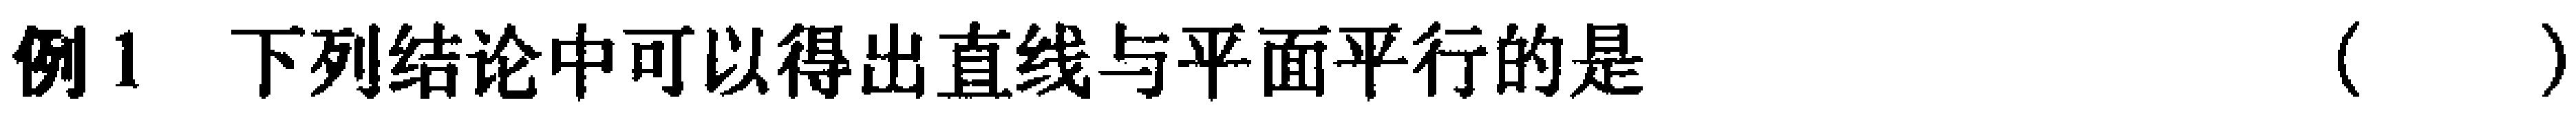
例1 下列结论中可以得出直线与平面平行的是（  ）